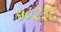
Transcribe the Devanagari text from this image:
५०२३६